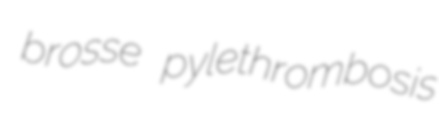
brosse pylethrombosis